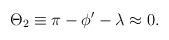
LaTeX: \begin{align*}\Theta_2\equiv \pi - \phi' - \lambda \approx0. \end{align*}